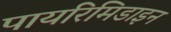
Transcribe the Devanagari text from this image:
पायरिमिडाइन